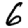
Digit: 6